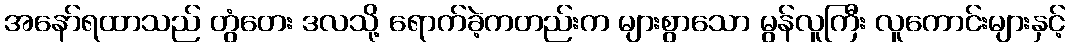
အနော်ရထာသည် တွံတေး ဒလသို့ ရောက်ခဲ့ကတည်းက များစွာသော မွန်လူကြီး လူကောင်းများနှင့်